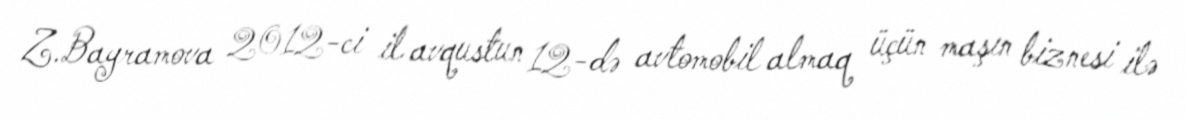
Z.Bayramova 2012-ci il avqustun 12-də avtomobil almaq üçün maşın biznesi ilə